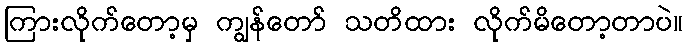
ကြားလိုက်တော့မှ ကျွန်တော် သတိထား လိုက်မိတော့တာပဲ။